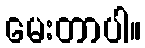
မေးတာပါ။